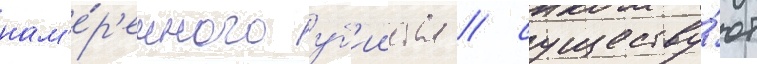
нам'е́р'енного уб'ииства / существу́ют